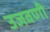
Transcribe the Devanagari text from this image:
उजवणी